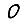
Digit: 0